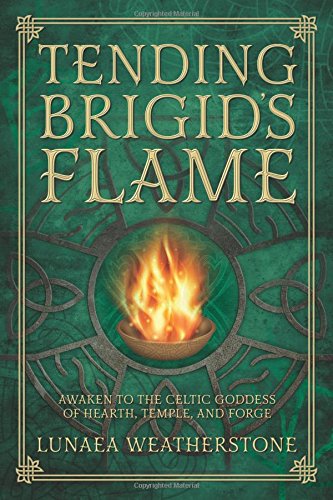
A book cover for Tending Brigid's Flame: Awaken to the Celtic Goddess of Hearth, Temple, and Forge; Lunaea Weatherstone; Religion & Spirituality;